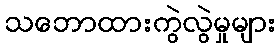
သဘောထားကွဲလွဲမှုများ